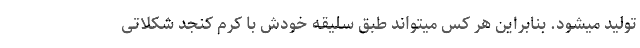
تولید میشود. بنابراین هر کس میتواند طبق سلیقه خودش با کرم کنجد شکلاتی